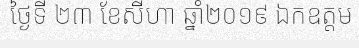
ថ្ងៃទី ២៣ ខែសីហា ឆ្នាំ២០១៩ ឯកឧត្តម